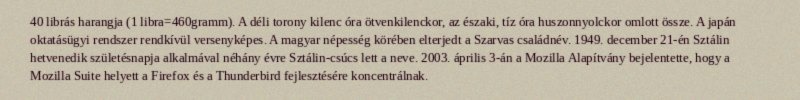
40 librás harangja (1 libra=460gramm). A déli torony kilenc óra ötvenkilenckor, az északi, tíz óra huszonnyolckor omlott össze. A japán oktatásügyi rendszer rendkívül versenyképes. A magyar népesség körében elterjedt a Szarvas családnév. 1949. december 21-én Sztálin hetvenedik születésnapja alkalmával néhány évre Sztálin-csúcs lett a neve. 2003. április 3-án a Mozilla Alapítvány bejelentette, hogy a Mozilla Suite helyett a Firefox és a Thunderbird fejlesztésére koncentrálnak.